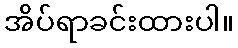
အိပ်ရာခင်းထားပါ။